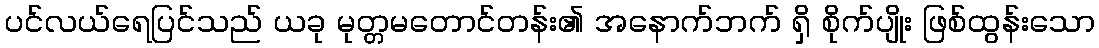
ပင်လယ်ရေပြင်သည် ယခု မုတ္တမတောင်တန်း၏ အနောက်ဘက် ရှိ စိုက်ပျိုး ဖြစ်ထွန်းသော